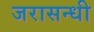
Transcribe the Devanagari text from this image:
जरासन्धी